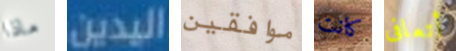
ماذا اليدين موافقين كانت أتعافى